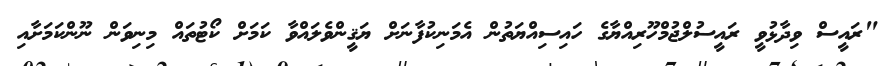
"ރައީސް ވިދާޅުވީ ރައީސުލްޖުމްހޫރިއްޔާގެ ހައިސިއްޔަތުން އެމަނިކުފާނަށް ޔަޤީންވެލައްވާ ކަމަށް ކޯޓުތައް މިނިވަން ނޫންކަމަށާއި